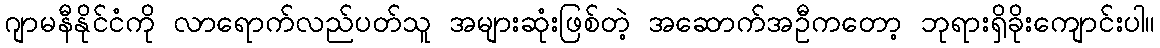
ဂျာမနီနိုင်ငံကို လာရောက်လည်ပတ်သူ အများဆုံးဖြစ်တဲ့ အဆောက်အဦကတော့ ဘုရားရှိခိုးကျောင်းပါ။